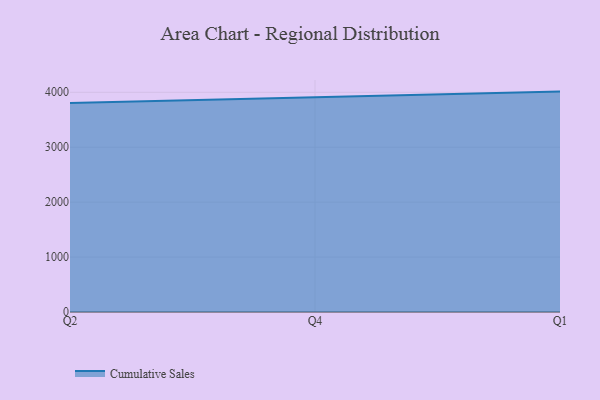
{"axis": {"x": "Quarter", "y": "Gross Profit (USD K)"}, "legend": ["Cumulative Sales"], "data": [{"x": "Q2", "y": 3804.4, "type": "Cumulative Sales"}, {"x": "Q4", "y": 3914.0, "type": "Cumulative Sales"}, {"x": "Q1", "y": 4012.4, "type": "Cumulative Sales"}]}